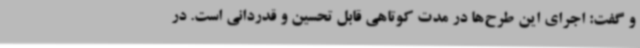
و گفت: اجرای این طرح‌ها در مدت کوتاهی قابل تحسین و قدردانی است. در